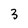
Character: 3